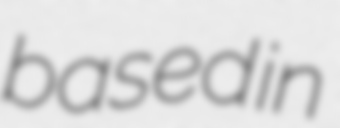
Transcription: based in